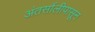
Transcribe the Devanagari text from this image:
अंतर्सालीपासून